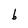
Character: b